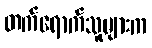
တက်ရောက်သူများက